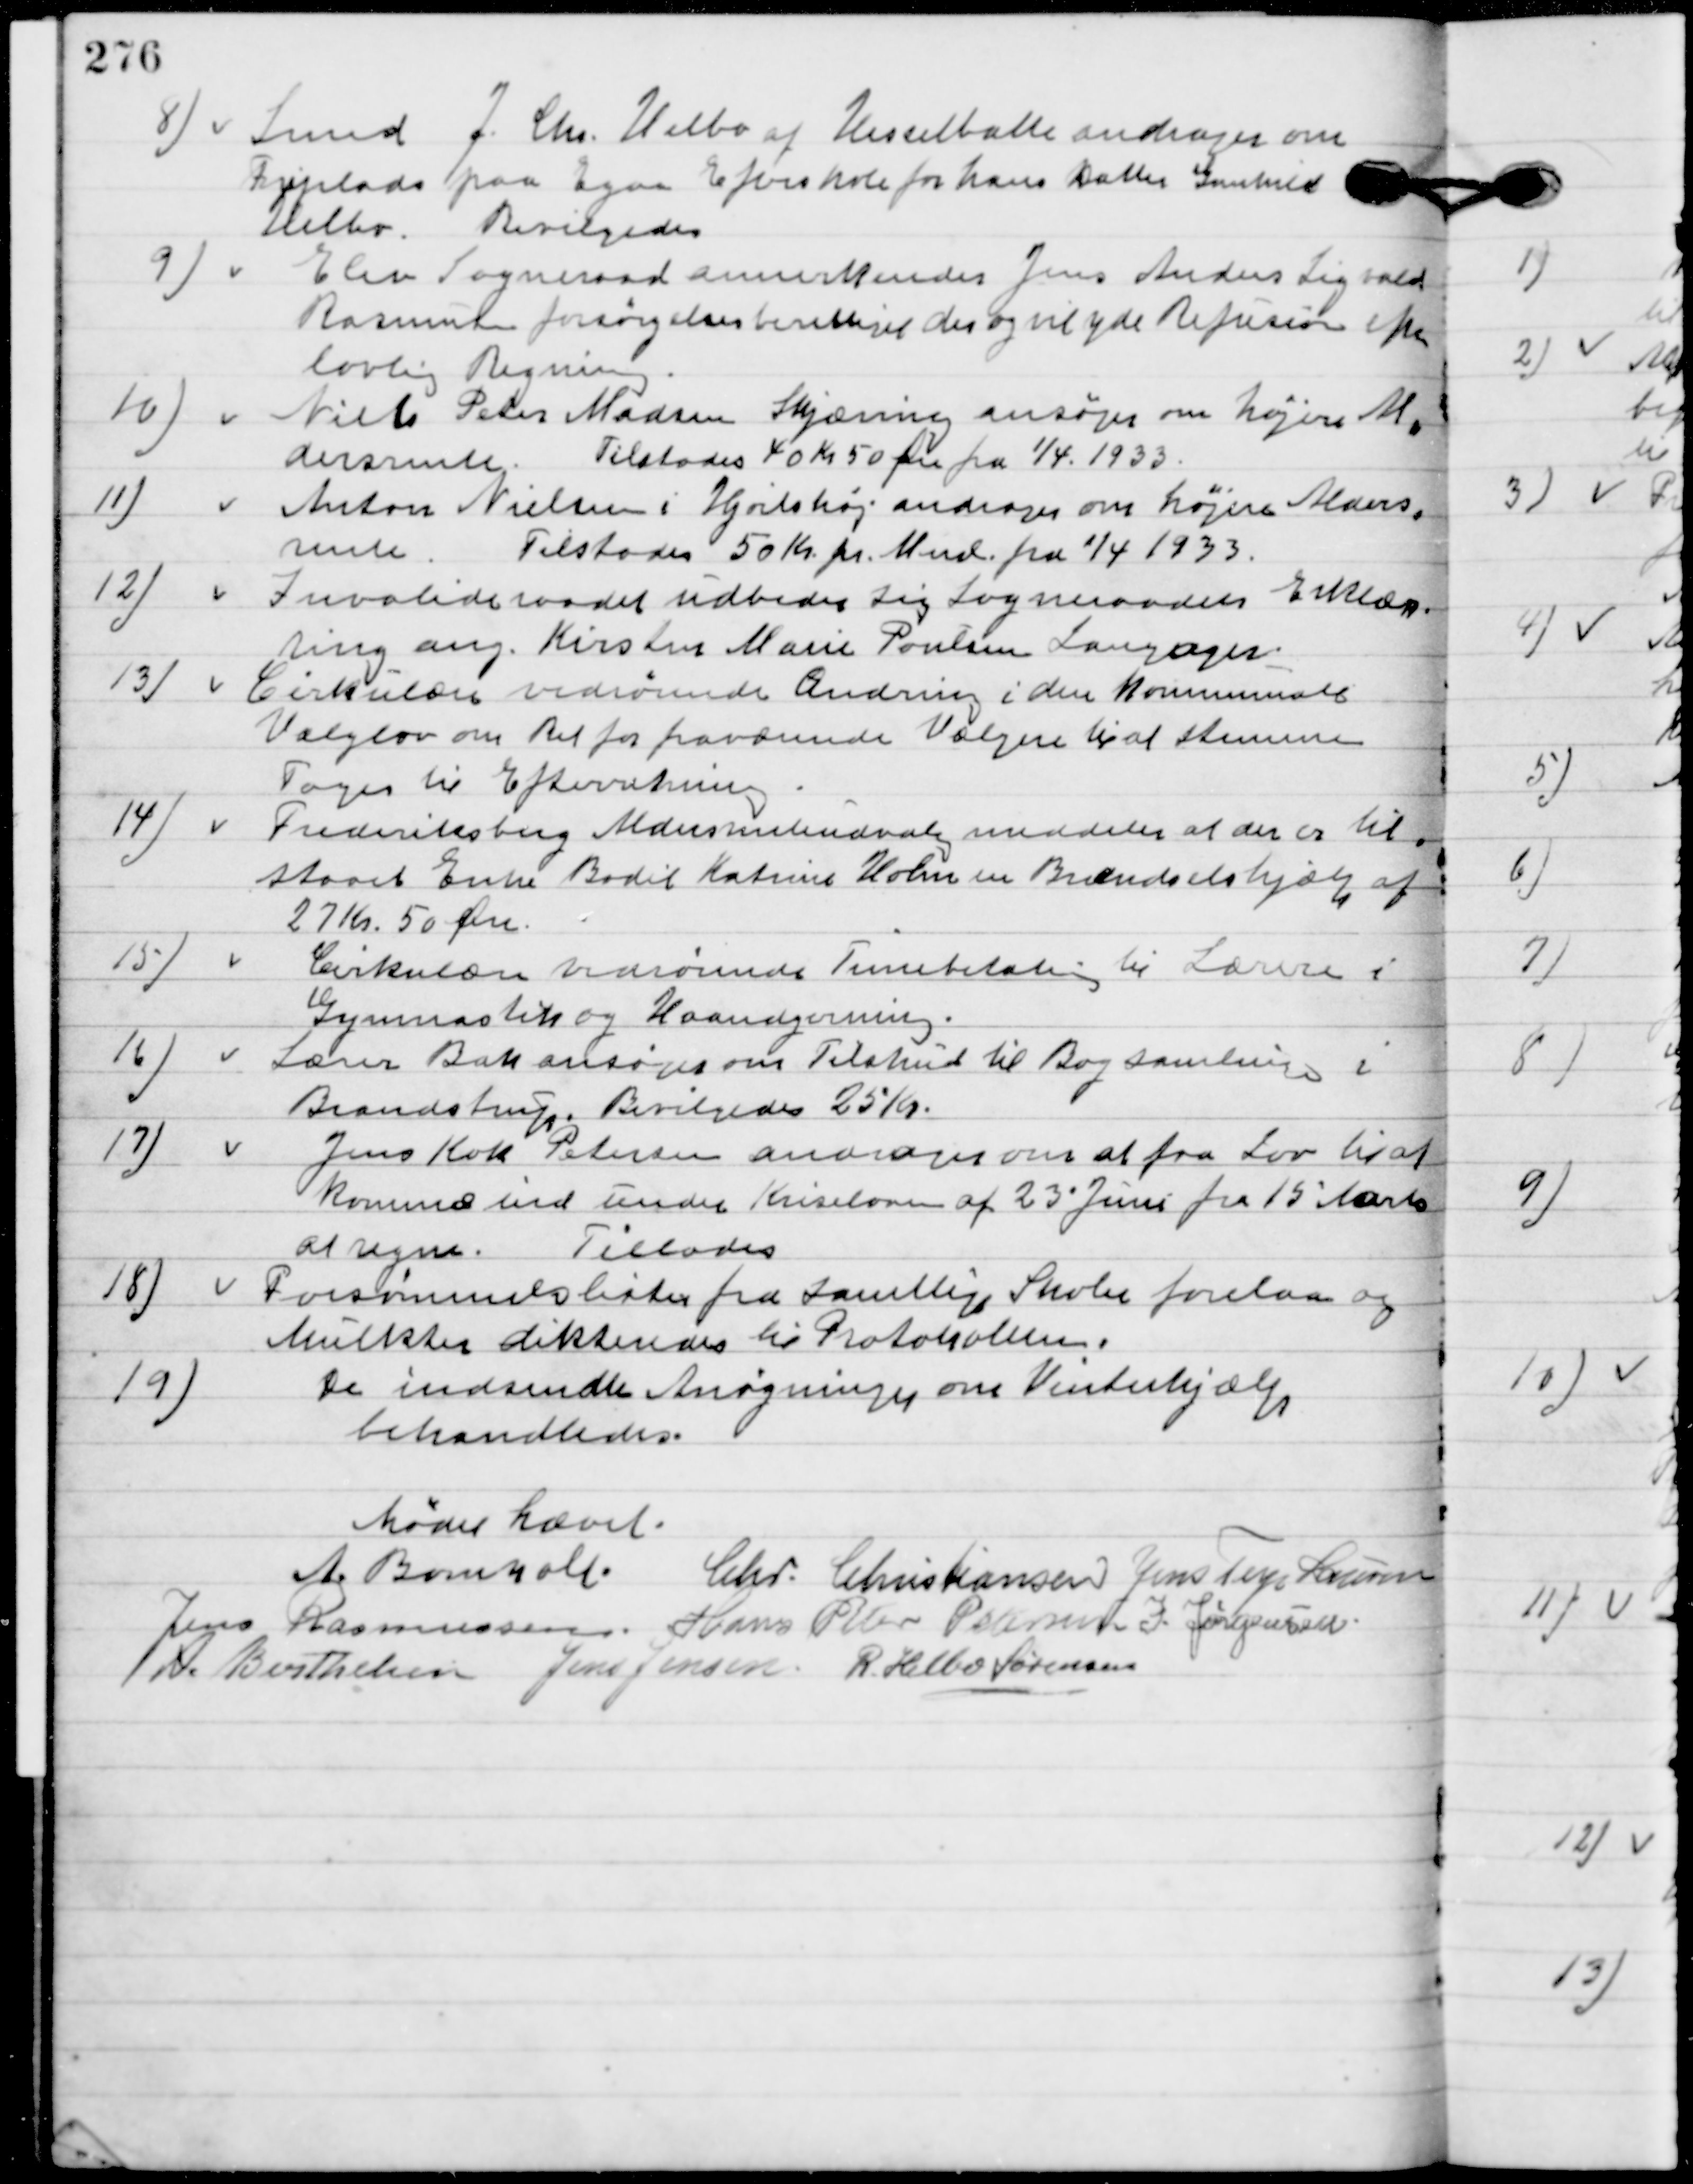
Transskription:
8

Svend j. Chr. Helbo af Hesselballe andrager om
Friplads paa Egaa Efterskole for hans Datter Gertrud
Helbo.
Bevilgedes.

9

Elev Sogneraad annerkender Jens Andersen Sigvald
Rasmusen Forsørgelsesberettiget der og vil yde Refusion efter
lovlig Regning.

10

Niels Peter Madsen Skjæring ansøger om højere Al-
dersrente.
Tilstodes 40 Kr. 50 Øre fra 1/4. 1933.

11

Anton Nielsen i Hjortshøj andrager om højere Alders-
rente.
Tilstodes 50 Kr. pr. Mnd. fra 1/4. 1933.

12

Invalideraadet udbeder sig Sogneraadets Erklæ-
ring ang. Kirstens Marie Poulsen Langager.

13

Cirkulære vedrørende Ændring i den Kommunale
Valglov om ret for fraværende vælgere til at stemme.
Toges til Efterretning.

14

Frederiksberg Aldersrenteudvalg meddeler at der er til-
staaet Enke Bodil Katrine Holm en Brændselshjælp af
27 Kr. 50 Øre.

15

Cirkulære vedrørende Timebetaling til Lærere i
Gymnastik og Haandgerning.

16

Lærer Bak ansøger om tilskud til Bogsamlingen i
Brandstrup.
Bevilgedes 25 Kr.

17

Jens Kok Petersen ansøger om at faa Lov til at
komme ind under Kriseloven af 23´ Juni fra 15 Marts
at regne.
Tilstodes.

18

Forsømmelseslister for samtlige Skoler i Kommunen forelaa og
 Mulkter dikteredes til Protokollen.

19

De indsendte Ansøgninger om Vinterhjælp
behandledes.

Mødet hævet.

A. Bomholt
Chr. Christiansen
Jens Terp Laursen
Jens Rasmussen
Hans Peter Pedersen
I. Jørgensen
A.	Berthelsen
Jens Jensen
R. Helbo Sørensen